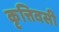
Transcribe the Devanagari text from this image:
कृत्तिवसी